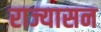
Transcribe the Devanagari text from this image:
राज्यासन